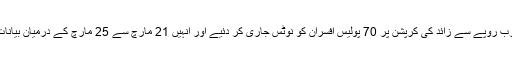
ادھرنیب حکام نے محکمہ پولیس میں ایک ارب روپے سے زائد کی کرپشن پر 70 پولیس افسران کو نوٹس جاری کر دئیے اور انہیں 21 مارچ سے 25 مارچ کے درمیان بیانات قملبند کرانے کے لئے طلب کر لیا گیا ہے۔